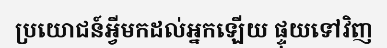
ប្រយោជន៍អ្វីមកដល់អ្នកឡើយ ផ្ទុយទៅវិញ